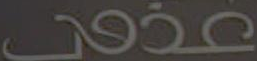
عذون